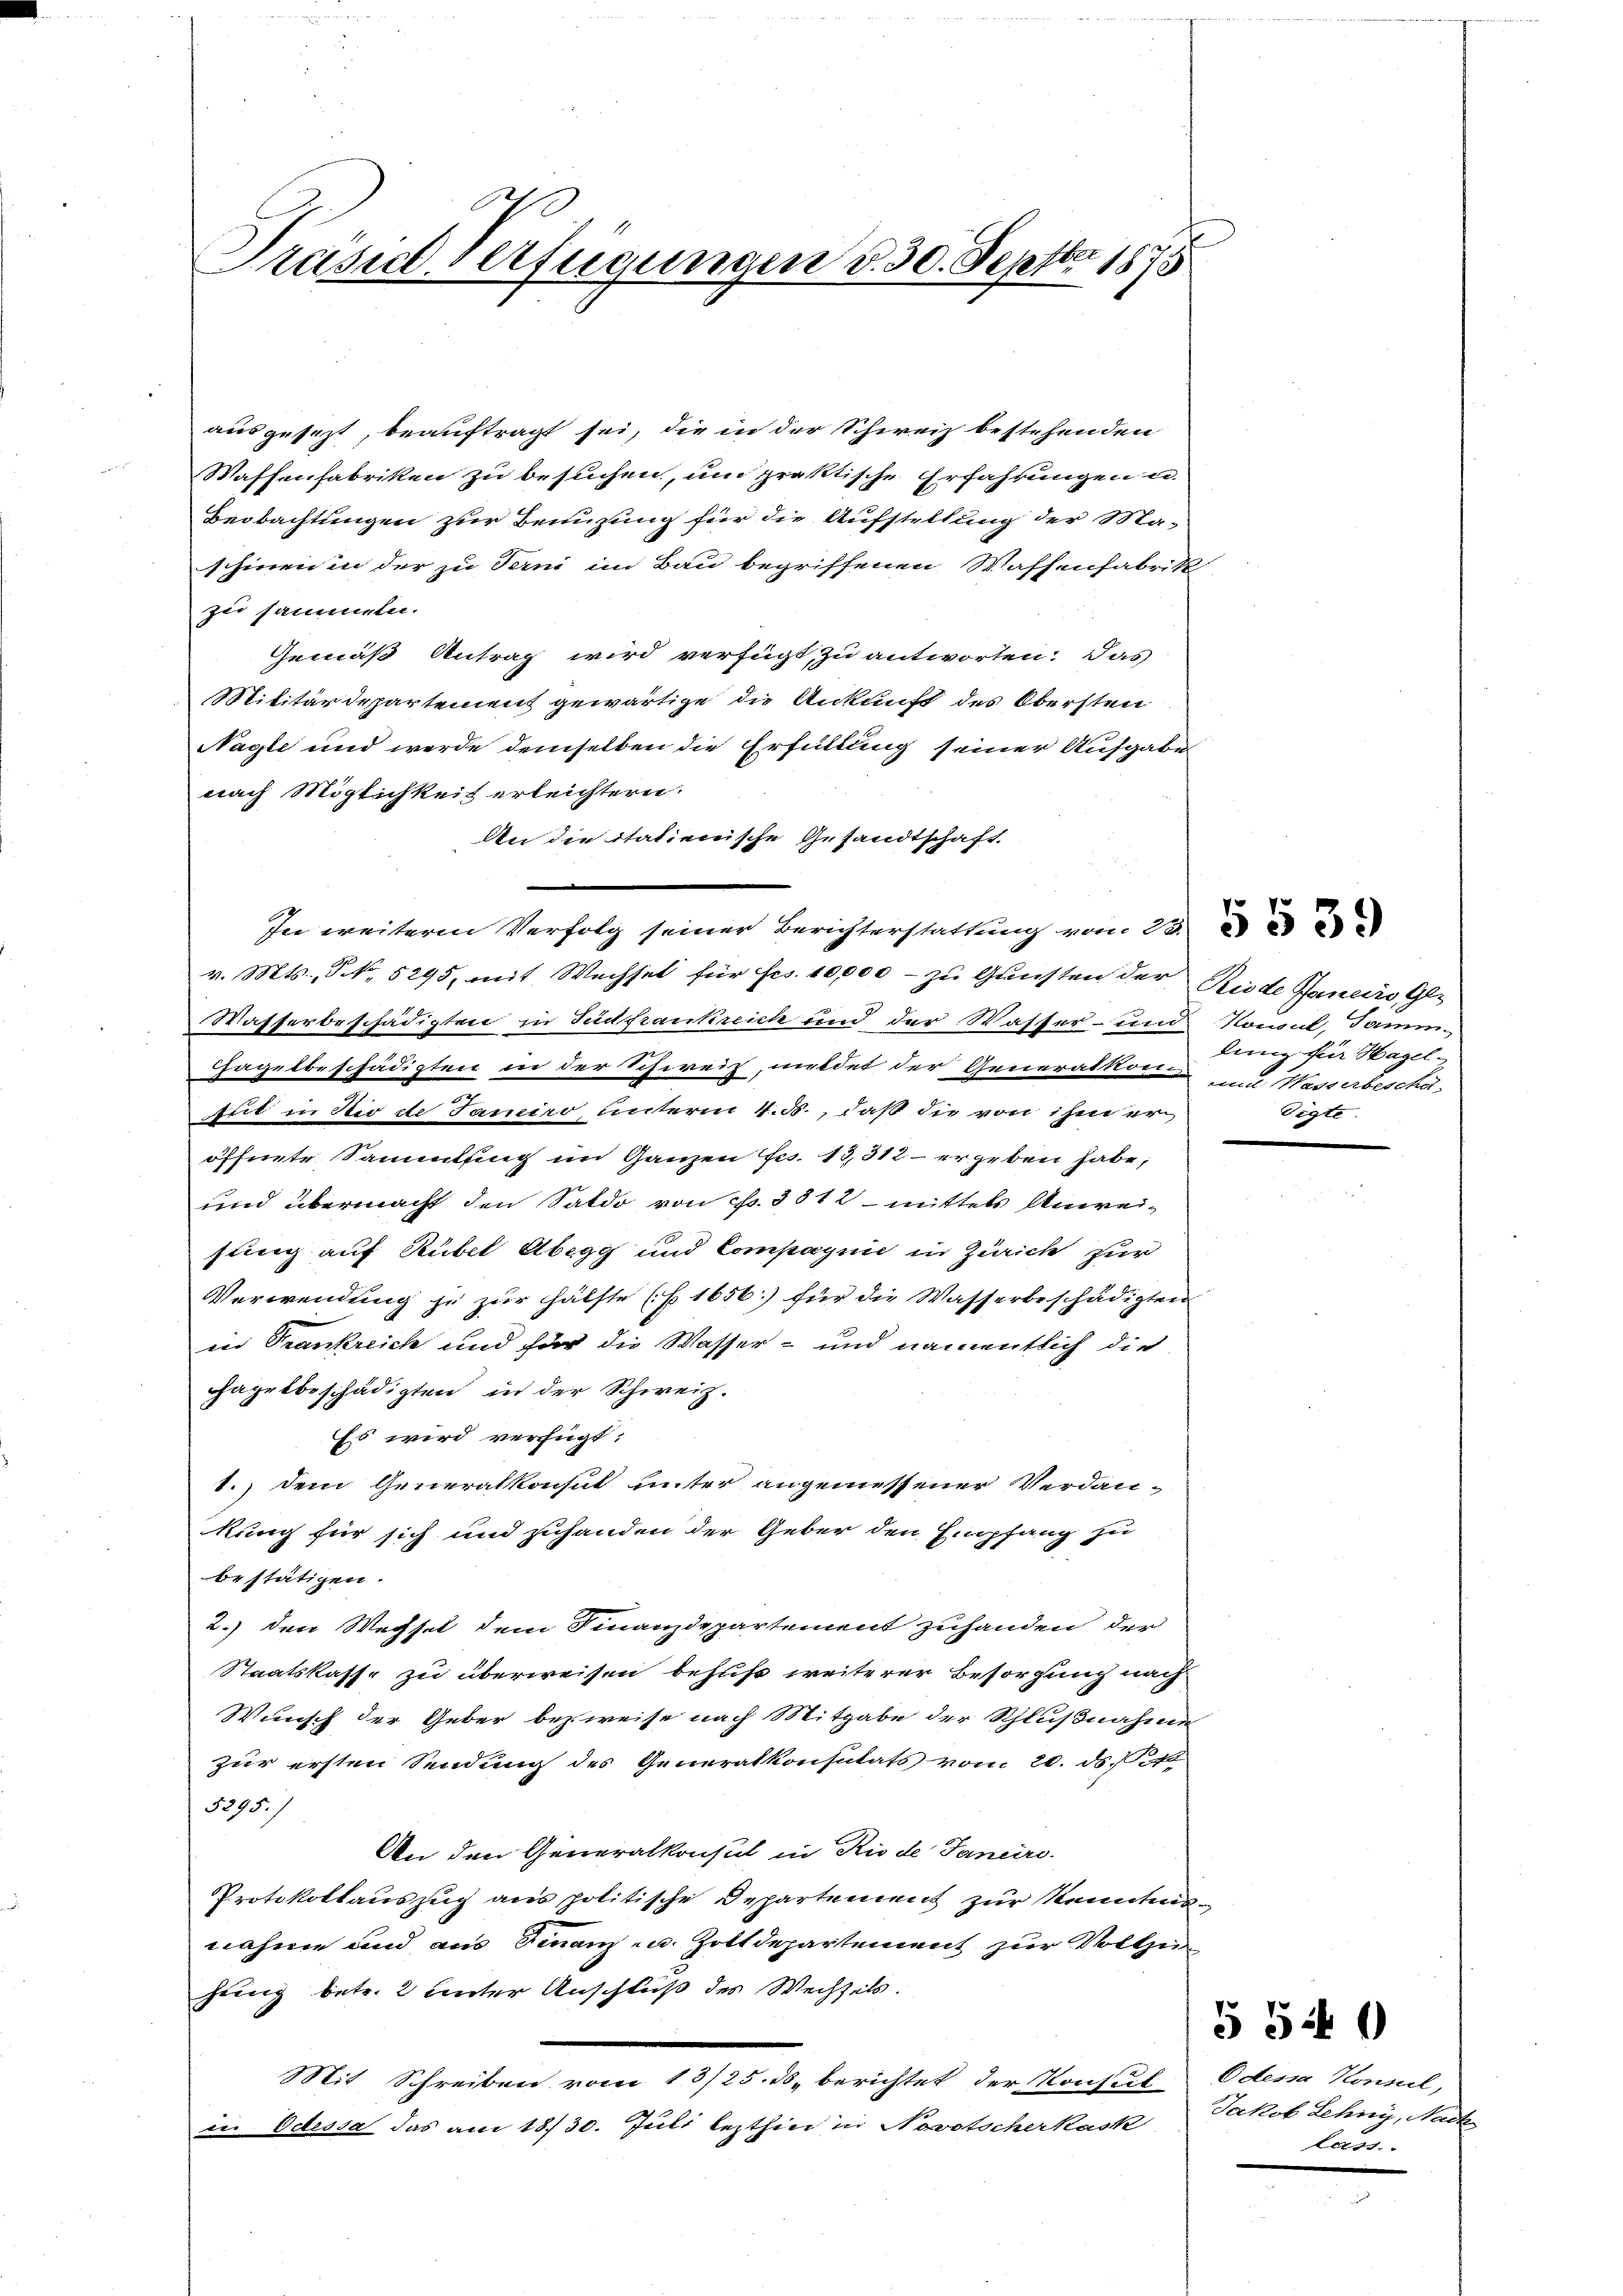
Präsid. Verfügungen d. 30. Septbr 1875

ausgesezt, beauftragt sei, die in der Schweiz bestehenden
Waffenfabriken zu besuchen, um praktische Erfahrungen un
Beobachtungen zur Benuzung für die Aufstellung der Ma-
schienen der zu Ferni im Bau begriffenen Waffenfabrik
zu sammeln.
Gemäß Antrag wird verfügt, zu antworten. Das
Militärdepartement gewärtige die Ankunft des Obersten
Nagle und werde demselben die Erfüllung seiner Aufgabe
nach Möglichkeit erleichtern.
An die itatienische Gesandtschaft
In weitere Verfolg seiner Berichterstattung vom 20.
v. Mts., N. 5295, mit Wechsel für frs. 10,000 - zu Gunsten der Riede Handes Gl
Wasserbeschädigten in Südfrankreich und der Wasser- und Nowul, Jamm
Cagelbeschädigten in der Schweiz, meldet der Generalkon und Wasserbeschägut in Dir de Janeiro unterm 4. M., daß die von ihm er,
öffnete Sammlung im Ganzen Fr. 13,312 - er geben habe,
und übermacht den Saldo von Fr. 3812 mittels Anweisung auf Rübel Abegg und Compagnie in Zürich zur
Verwendung zu zur Hälfte (§ 1656.) für die Wasserbeschädigten
in Trankreich und für die Wasser- und namentlich die
hagelbeschädigten in der Schweiz.
Es wird verfügt:
1.) Dem Generalkonsul unter angemessener Verdan-
kung für sich und zuhanden der Geber den Empfang zu
bestätigen.
2.) den Wechsel dem Finanzdepartement zuhanden, der
Staatskasse zu überweisen behufs weiterer Besorgung nach
Wunsch der Geber bezweise nach Mitgabe der Schlußnahme
zur ersten Sendung des Generalkonsulats vom 20. ds.
5395.
An den Generalkonsul in Rio de Janeiro-
Protokollauszug aus politische Departement zur Kenntnisnahme und aus Finanz- u. Zolldepartement zur Vollzi
hung betr. 2 unter Anschluß des Wechsels.
Mit Schreiben vom 13/25. ds. berichtet der Konsul Oden Konnel,
in Odessa das am 18/30. Juli lezthin in Novotscherkask

dung für Hagel¬
Tigte.

Jakob Lehny, Nach
lass

5540